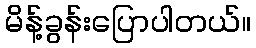
မိန့်ခွန်းပြောပါတယ်။